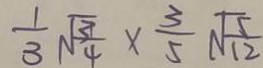
\frac { 1 } { 3 } \sqrt { \frac { 3 } { 4 } } \times \frac { 3 } { 5 } \sqrt { \frac { 5 } { 1 2 } }